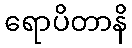
ရောပိတာနိ